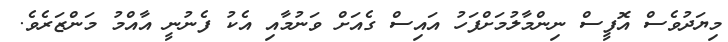
މިޔަދުވެސް އޮފީސް ނިންމާލުމަށްފަހު އައިސް ގެއަށް ވަނުމާއި އެކު ފެނުނީ އާއްމު މަންޒަރެވެ.